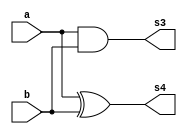
// Guia 04
// Nome: Raphaela Fernanda Silva

module operadorMS ( s4, s3, a, b);
output s4, s3;
input a, b;

xor XOR2(s4,a,b);
and AND2(s3,a,b);

endmodule


module operadorSC ( s0, s1, a, b, v1 );
output s0, s1;
input a, b, v1;
wire s3, s4;

operadorMS MS1(s4,s3,a,b);
operadorMS MS2( s0, s2 ,v1 ,s4);
or OR1(s1,s2,s3);

endmodule



module testSC;
reg a,b,v1;
wire s0,s1;

operadorSC SC ( s0, s1, a, b, v1 );

 initial begin : start
		a=0; b=0; v1=0; 
end

initial begin : main

#1 $display ( " Operador Meia Soma - Modelo Tradicional " );
#1 $display ( " a + b + v1 = s1 s0" );
	$monitor ( " %b + %b + %b =  %b  %b ",a,b,v1,s1,s0);
	
		#1	a=0;	b=0; v1=1;
 		#1	a=0;	b=1; v1=0;
		#1	a=0;	b=1; v1=1;
		#1	a=1;	b=0; v1=0;
		#1	a=1;	b=0; v1=1;
		#1	a=1;	b=1; v1=0;
		#1	a=1;	b=1; v1=1;
		
end

endmodule

 
//    Operador Meia Soma - Modelo Tradicional 
//     a + b + v1 = s1 s0
//     0 + 0 + 0 =  0  0 
//     0 + 0 + 1 =  0  1 
//     0 + 1 + 0 =  0  1 
//     0 + 1 + 1 =  1  0 
//     1 + 0 + 0 =  0  1 
//     1 + 0 + 1 =  1  0 
//     1 + 1 + 0 =  1  0 
//     1 + 1 + 1 =  1  1